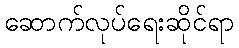
ဆောက်လုပ်ရေးဆိုင်ရာ